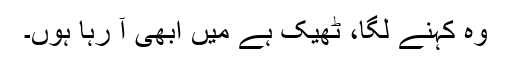
وہ کہنے لگا، ٹھیک ہے میں ابھی آ رہا ہوں۔